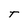
Character: t